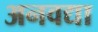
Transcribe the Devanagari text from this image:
अनवद्या